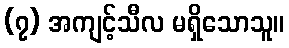
(၇) အကျင့်သီလ မရှိသောသူ။